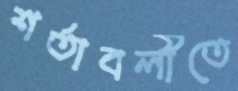
শর্তাবলীতে